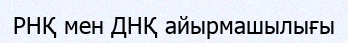
РНҚ мен ДНҚ айырмашылығы